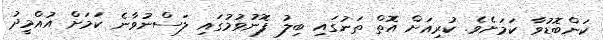
ކަންބޮޑުވާ ކަމަށެވެ. ކުރިއަށް އޮތް ތަނުގައި ބިލު ފޮނުވުމުގައި ލަސްނުވާނެ ކަމަށް އުއްމީދު